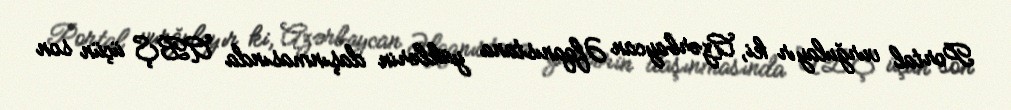
Portal vurğulayır ki, Azərbaycan Əfqanıstana yüklərin daşınmasında ABŞ üçün son